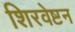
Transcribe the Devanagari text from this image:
शिरवेष्टन